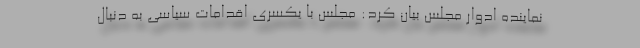
نماینده ادوار مجلس بیان کرد: مجلس با یکسری اقدامات سیاسی به دنبال